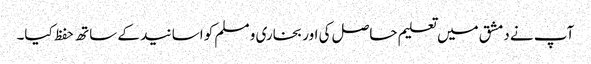
آپ نے دمشق میں تعلیم حاصل کی اور بخاری و مسلم کو اسانید کے ساتھ حفظ کیا۔